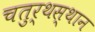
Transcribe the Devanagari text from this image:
चतुर्थस्थान